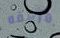
مرهقه